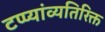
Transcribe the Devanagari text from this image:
टप्प्यांव्यतिरिक्त